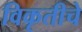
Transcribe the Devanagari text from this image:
विकृतीचे